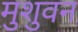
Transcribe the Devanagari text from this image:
मुशुवन